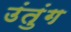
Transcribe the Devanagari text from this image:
उंतुंग